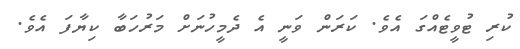
ކުރި ޓުވީޓެއްގަ އެވެ. ކަރަން ވަނީ އެ ދެމީހުނަށް މަރުހަބާ ކިޔާފަ އެވެ.